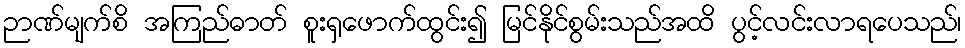
ဉာဏ်မျက်စိ အကြည်ဓာတ် စူးရှဖောက်ထွင်း၍ မြင်နိုင်စွမ်းသည်အထိ ပွင့်လင်းလာရပေသည်၊